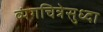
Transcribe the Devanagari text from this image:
व्यंगचित्रेसुध्दा